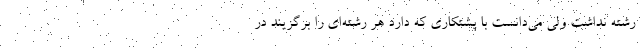
رشته نداشت ولی می‌دانست با پشتکاری که دارد هر رشته‌ای را برگزیند در